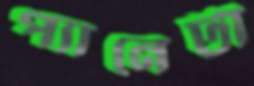
প্যানেটা